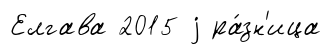
Елгава 2015 j ра́зн'ица